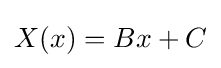
X(x)=Bx+C